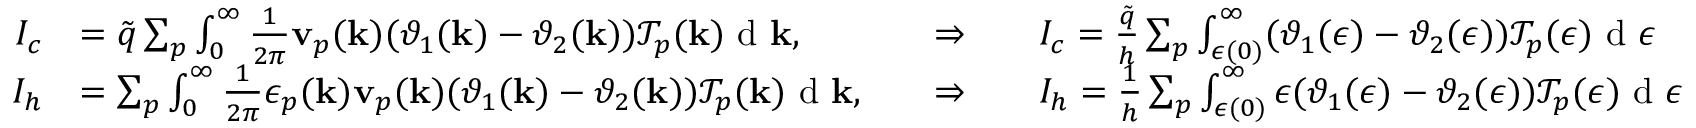
\begin{array} { r l r l } { I _ { c } } & { = \tilde { q } \sum _ { p } \int \displaylimits _ { 0 } ^ { \infty } \frac { 1 } { 2 \pi } \mathbf v _ { p } ( \mathbf k ) ( \vartheta _ { 1 } ( \mathbf k ) - \vartheta _ { 2 } ( \mathbf k ) ) \mathcal { T } _ { p } ( \mathbf k ) \textrm { d } \mathbf k , \quad } & { \Rightarrow \quad } & { I _ { c } = \frac { \tilde { q } } { h } \sum _ { p } \int \displaylimits _ { \epsilon ( 0 ) } ^ { \infty } ( \vartheta _ { 1 } ( \epsilon ) - \vartheta _ { 2 } ( \epsilon ) ) \mathcal { T } _ { p } ( \epsilon ) \textrm { d } \epsilon } \\ { I _ { h } } & { = \sum _ { p } \int \displaylimits _ { 0 } ^ { \infty } \frac { 1 } { 2 \pi } \epsilon _ { p } ( \mathbf k ) \mathbf v _ { p } ( \mathbf k ) ( \vartheta _ { 1 } ( \mathbf k ) - \vartheta _ { 2 } ( \mathbf k ) ) \mathcal { T } _ { p } ( \mathbf k ) \textrm { d } \mathbf k , \quad } & { \Rightarrow \quad } & { I _ { h } = \frac { 1 } { h } \sum _ { p } \int \displaylimits _ { \epsilon ( 0 ) } ^ { \infty } \epsilon ( \vartheta _ { 1 } ( \epsilon ) - \vartheta _ { 2 } ( \epsilon ) ) \mathcal { T } _ { p } ( \epsilon ) \textrm { d } \epsilon } \end{array}